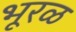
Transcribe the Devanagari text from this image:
भूरळ